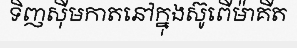
ទិញស៊ីមកាតនៅក្នុងស៊ូពើម៉ាគីត